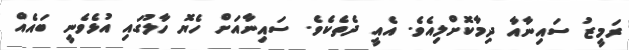
ރަމީޒު ސައިނާއާ ދިމާކޮށްލިއެވެ. އެއީ ދެތެކެވެ. ސައިނާއަށް ހެޔޮ ހާލުގައި އުޅެވެނީ ބައެއް